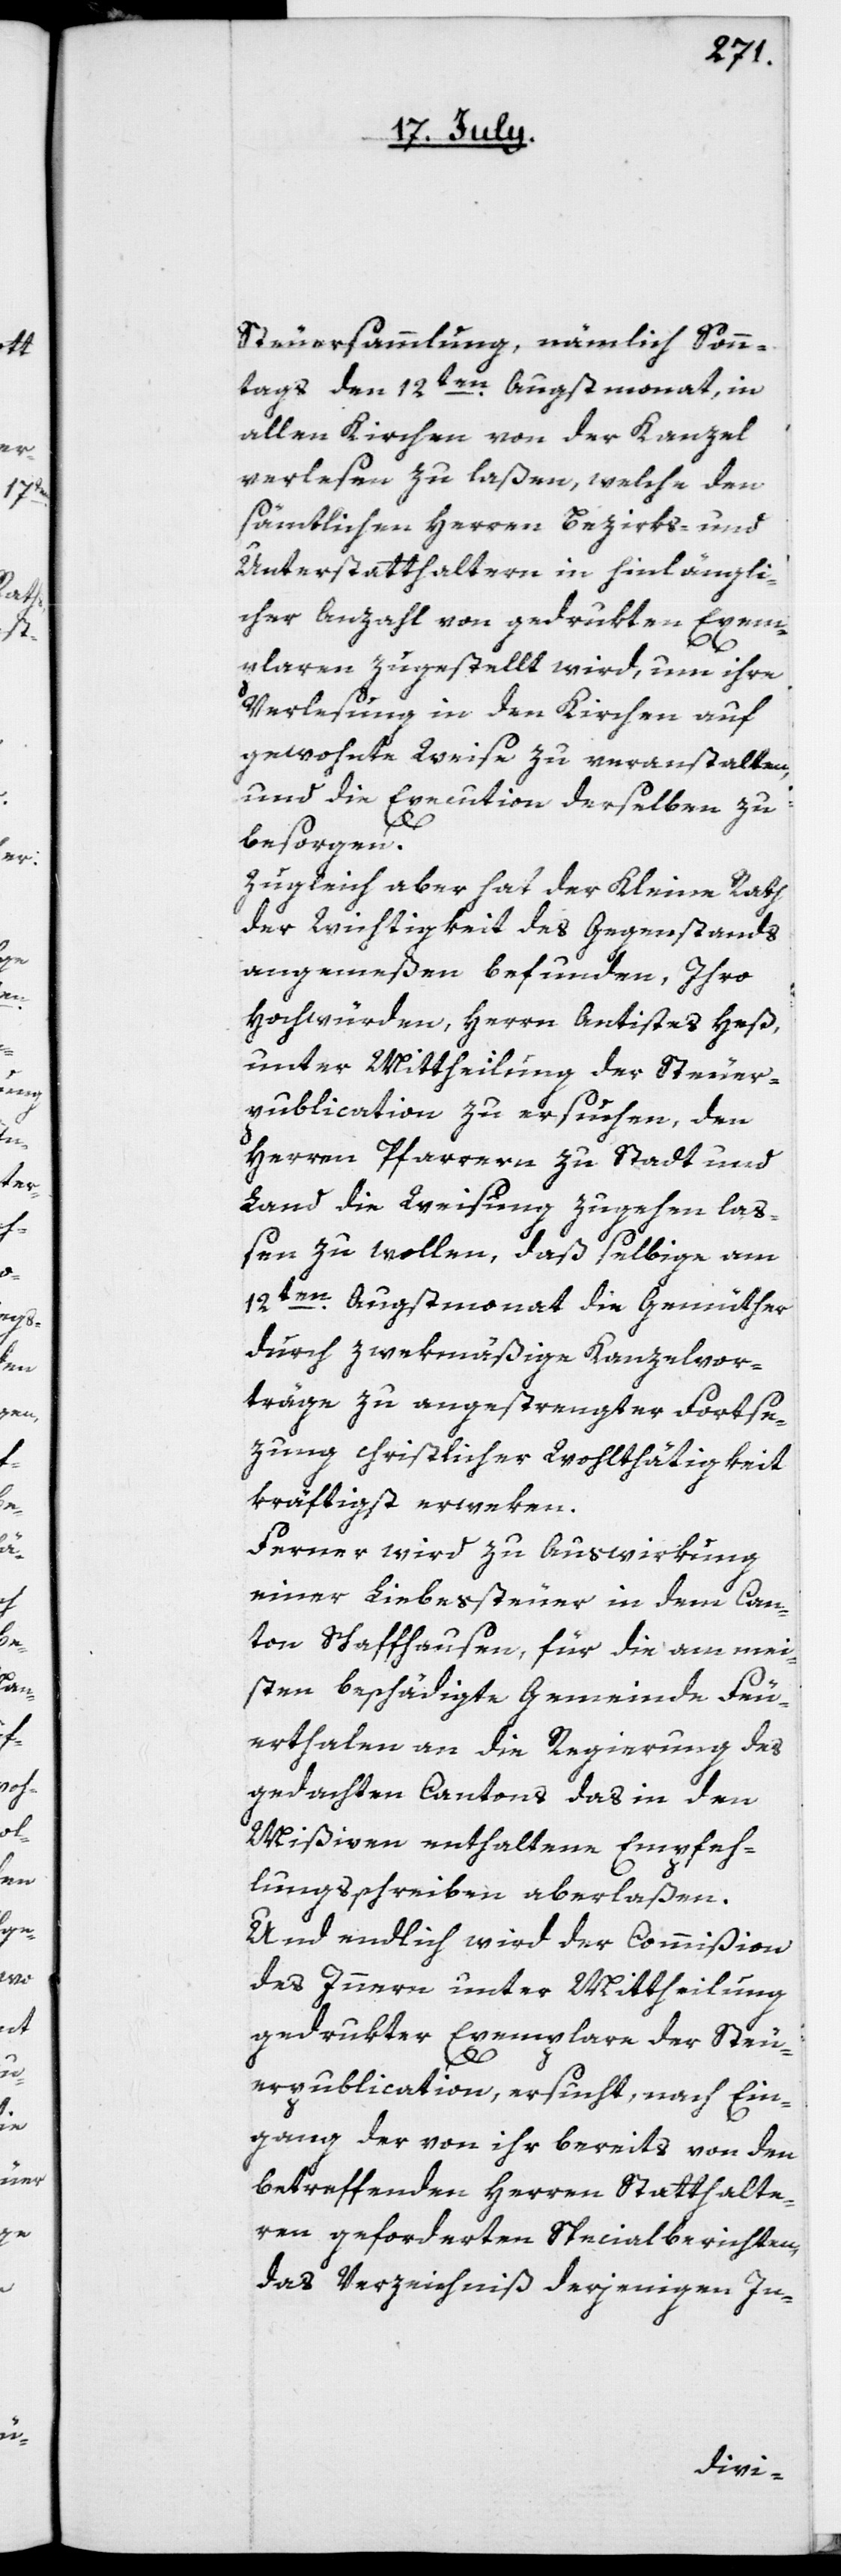
Steuersammlung, nämlich Sonn¬
tag den 12ten Augstmonat, in
allen Kirchen von der Kanzel
verlesen zu laßen, welche den
sämtlichen Herren Bezirks- und
Unterstatthaltern in hinlängli¬
cher Anzahl von gedrukten Exem¬
plaren zugestellt wird, um ihre
Verlesung in den Kirchen auf
gewohnte Weise zu veranstalten,
und die Execution derselben zu
besorgen.
Zugleich aber hat der Kleine Rath
der Wichtigkeit des Gegenstands
angemeßen befunden, Ihro
Hochwürden, Herrn Antistes Heß,
unter Mittheilung der Steuer¬
publication zu ersuchen, den
Herren Pfarrern zu Stadt und
Land die Weisung zugehen laß¬
en zu wollen, daß selbige am
12ten Augstmonat die Gemüther
durch zwekmäßige Kanzelvor¬
träge zu angestrengter Fortse¬
zung christlicher Wohlthätigkeit
kräftigst erweken.
Ferner wird zu Auswirkung
einer Liebessteuer in dem Can¬
ton Schaffhausen, für die am mei¬
sten beschädigte Gemeinde Feu¬
erthalen an die Regierung des
gedachten Cantons das in den
Mißiven enthaltene Empfeh¬
lungsschreiben aberlaßen.
Und endlich wird der Commißion
des Innern unter Mittheilung
gedrukter Exemplare der Steu¬
erpublication, ersucht, nach Ein¬
gang der von ihr bereits von den
betreffenden Herren Statthalte¬
ren geforderten Specialberichten,
das Verzeichniß derjenigen In-